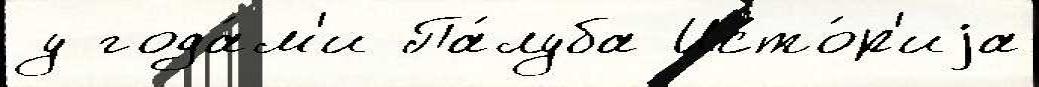
у года́м'и Па́луба Исто́р'иjа